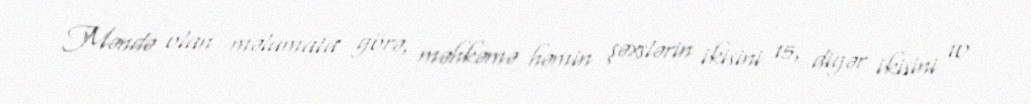
Məndə olan məlumata görə, məhkəmə həmin şəxslərin ikisini 15, digər ikisini 10